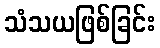
သံသယဖြစ်ခြင်း